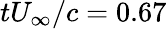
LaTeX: tU_{\infty}/c=0.67